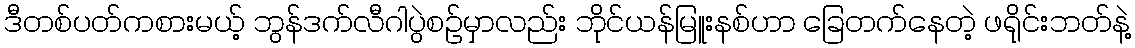
ဒီတစ်ပတ်ကစားမယ့် ဘွန်ဒက်လီဂါပွဲစဉ်မှာလည်း ဘိုင်ယန်မြူးနစ်ဟာ ခြေတက်နေတဲ့ ဖရိုင်းဘတ်နဲ့